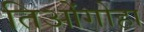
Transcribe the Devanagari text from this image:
तिओंगोहा